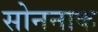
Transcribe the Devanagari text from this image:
सोननाक